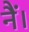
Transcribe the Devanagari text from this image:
नैं।